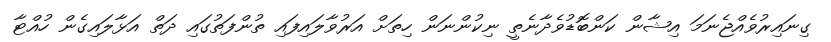
ގިނައިރުވެއްޖެނަމަ އިޝާން ކަންބޮޑުވެދާނެތީ ނިކުންނަން ހިތަށް އަރުވާލައިފައި ތުންފަތުގައި ދަތް އަޅާލައިގެން ހުއްޓާ